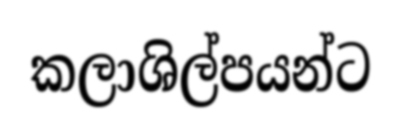
කලාශිල්පයන්ට